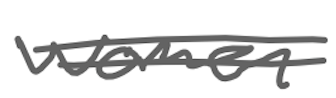
Text: women
Cross-out: double-line
Writing tool: digital_gray